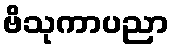
ဗိသုကာပညာ